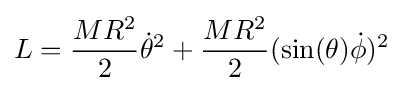
L={MR^{2} \over 2}{\dot {\theta }}^{2}+{MR^{2} \over 2}(\sin(\theta ){\dot {\phi }})^{2}